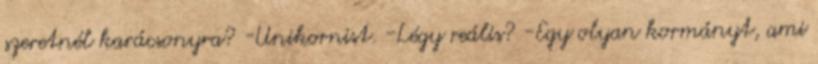
szeretnél karácsonyra? -Unikornist. -Légy reális? -Egy olyan kormányt, ami